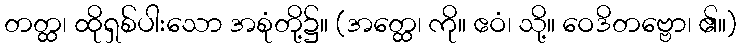
တတ္ထ၊ ထိုရှစ်ပါးသော အစုံတို့၌။ (အတ္ထေ၊ ကို။ ဧဝံ၊ သို့။ ဝေဒိတဗ္ဗော၊ ၏။)